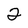
Character: 2